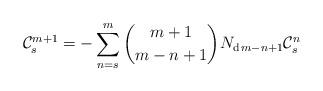
LaTeX: \begin{align*}\mathcal{C}_{s}^{m+1}=-\sum_{n=s}^{m}\binom{m+1}{m-n+1}N_{\mathrm{d}\,m-n+1}\mathcal{C}_{s}^{n} \end{align*}